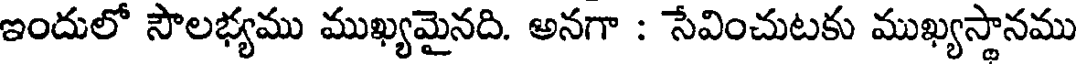
ఇందులో సౌలభ్యము ముఖ్యమైనది. అనగా : సేవించుటకు ముఖ్యస్థానము